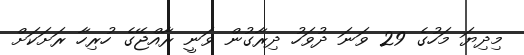
މިދިޔަ މަހުގެ 29 ވަނަ ދުވަހު ދިރާގުން ވަނީ ރާއްޖޭގެ ހުރިހާ ރަށަކަށް